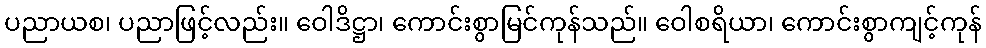
ပညာယစ၊ ပညာဖြင့်လည်း။ ဝေါဒိဋ္ဌာ၊ ကောင်းစွာမြင်ကုန်သည်။ ဝေါစရိယာ၊ ကောင်းစွာကျင့်ကုန်